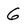
Character: 6